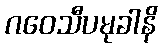
ဂဝေသီပမုခါနိ